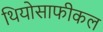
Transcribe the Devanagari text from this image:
थियोसाफीकल